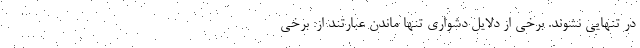
در تنهایی نشوند. برخی از دلایل دشواری تنها ماندن عبارتند از: برخی